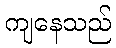
ကျနေသည်